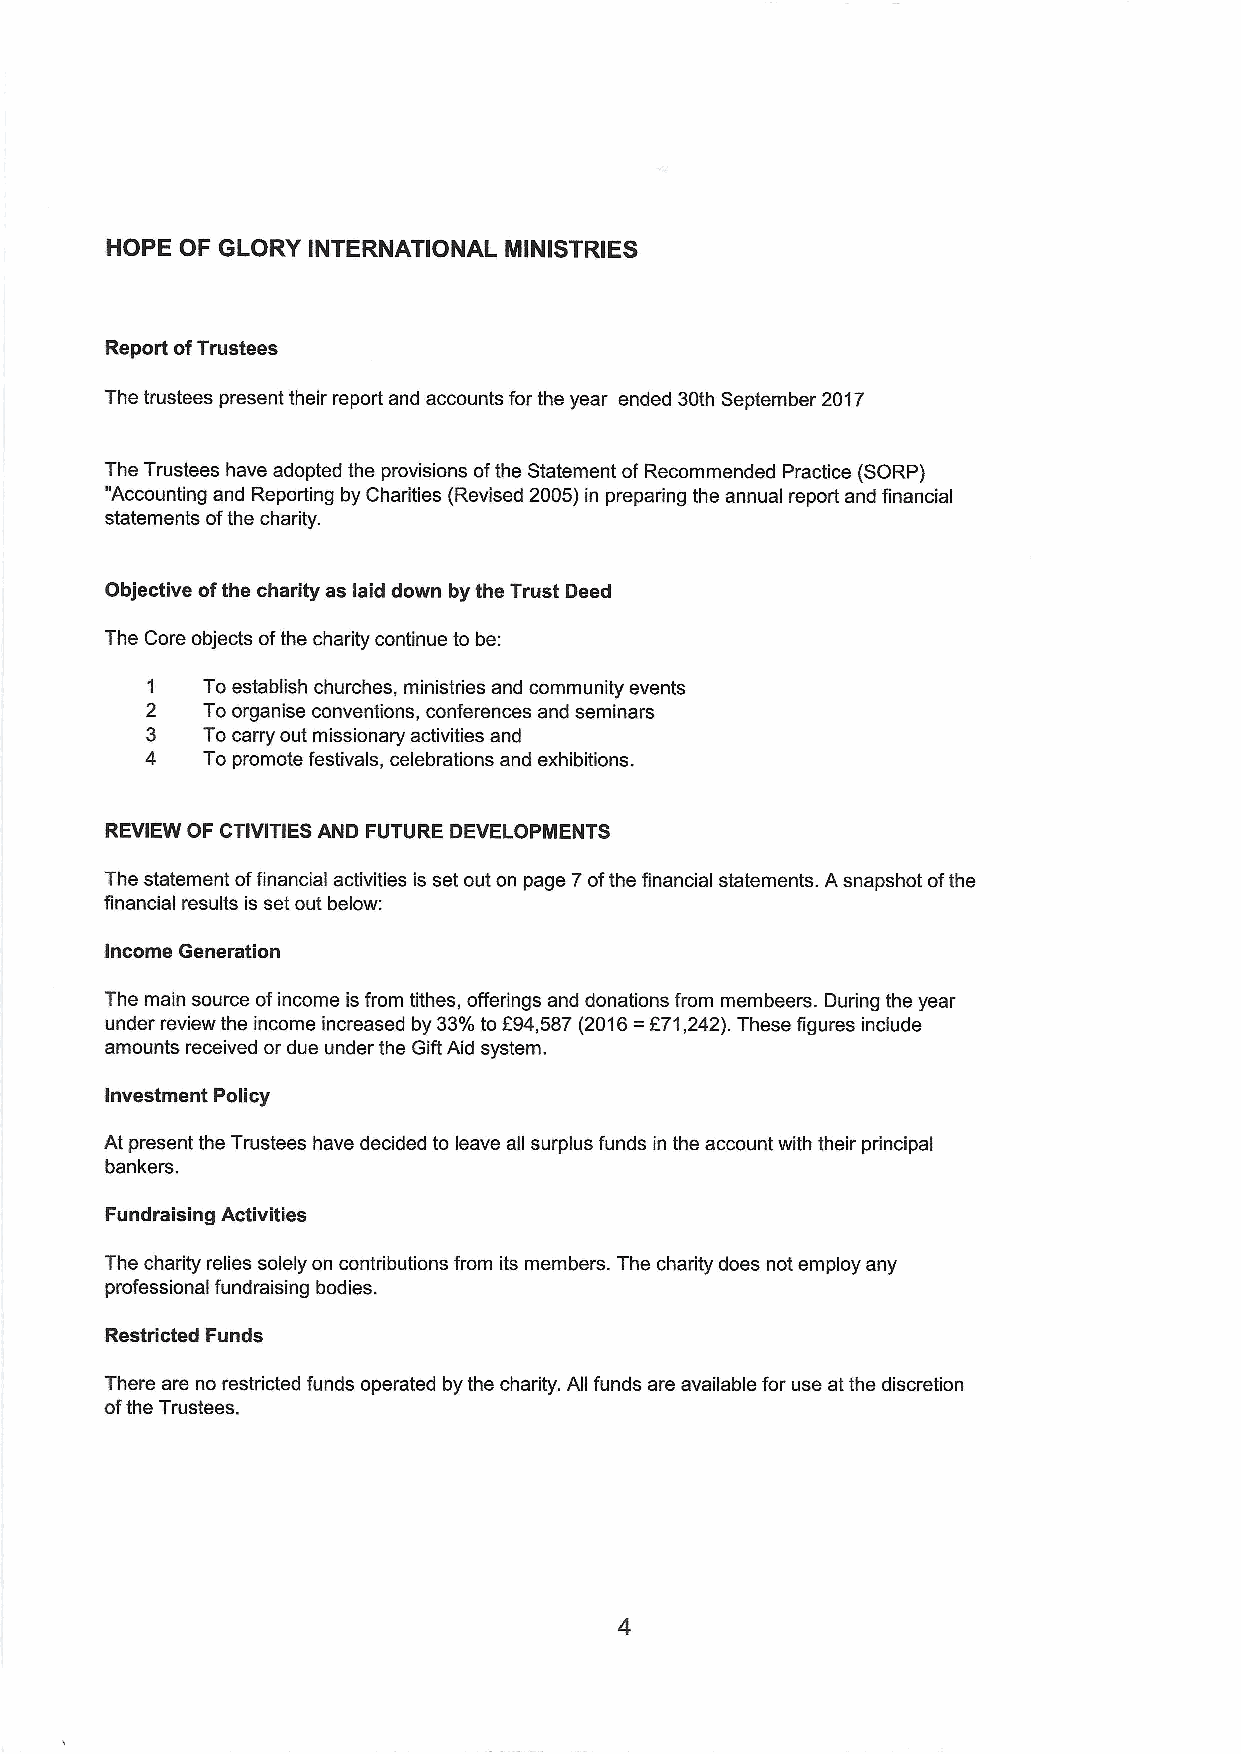
HOPE OF GLORY INTERNATIONAL MINISTRIES
 Report ofTrustees
 The trustees present their report and accounts for the year ended 30th September 2017
 The Trustees have adopted the provisions ofthe Statement ofRecommended Practice (SORP)
 "Accounting and Reporting by Charities (Revised 2005) in preparing the annual report and financial
 statements ofthe charity.
 Objective ofthe charity as laid down by the Trust Deed
 The Core objects ofthe charity continue to be:
 To establish churches, ministries and community events
 To organise conventions, conferences and seminars
 To carry out missionary activities and
 To promote festivals, celebrations and exhibitions.
 REVIEW OF CTIVITIESAND FUTURE DEVELOPMENTS
 The statement offinancial activities is set out on page 7ofthe financial statements. A snapshot ofthe
 financial results is set out below:
 Income Generation
 The main source ofincome isfrom tithes, offerings and donations from membeers. During the year
 under review the income increased by 33%to f94,587(2016=F71,242).These figures include
 amounts received or due under the Gift Aid system.
 Investment Policy
 At present the Trustees have decided to leave all surplus funds in the account with their principal
 bankers.
 Fundraising Activities
 The charity relies solely on contributions from its members. The charity does not employ any
 professional fundraising bodies.
 Restricted Funds
 There are no restricted funds operated by the charity. All funds are available for use at the discretion
 ofthe Trustees.